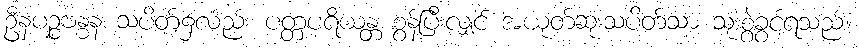
ဦနပဉ္စဗန္ဓန သပိတ်၌လည်း ပတ္တပရိယန္တ စွန့်ပြီးလျှင် အယုတ်ဆုံးသပိတ်သာ သုံးစွဲခွင့်ရသည်။